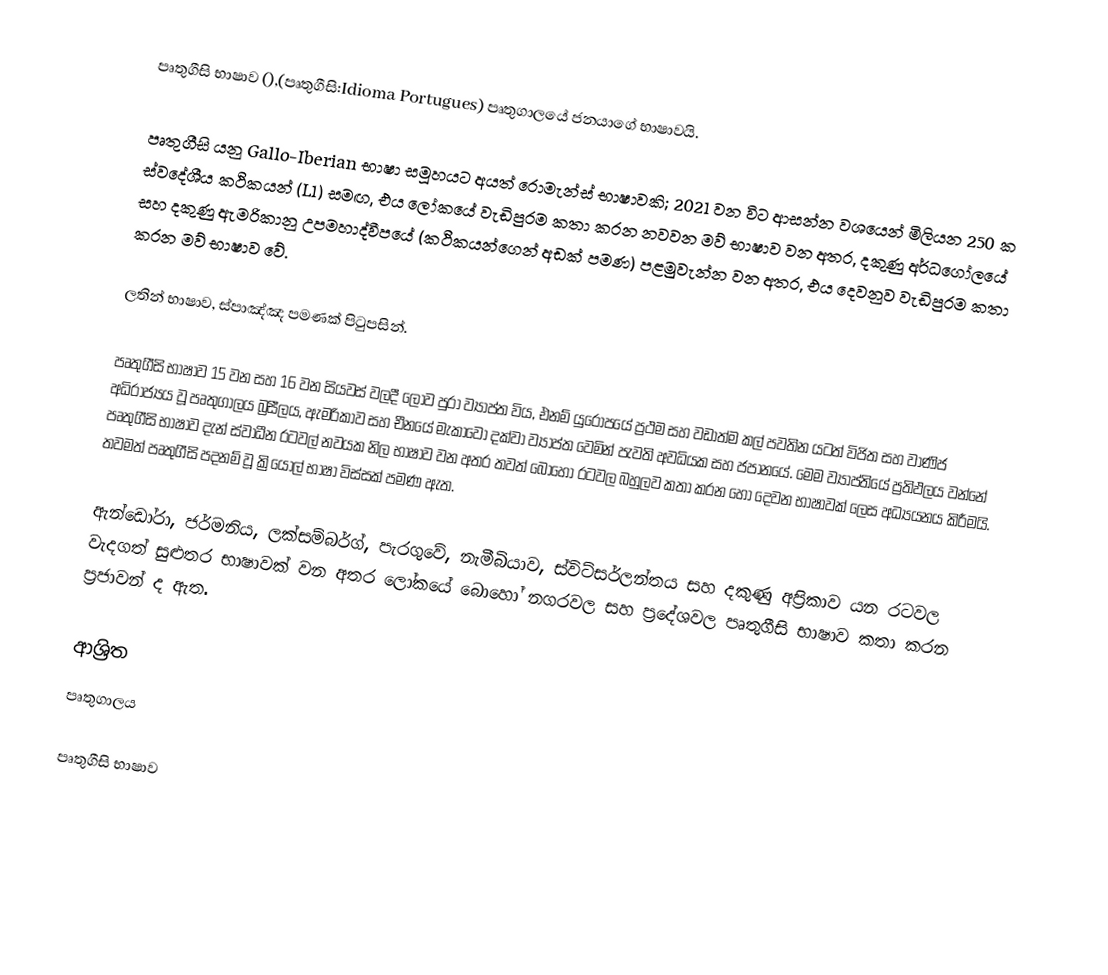
පෘතුගීසි භාෂාව (),(පෘතුගීසි:Idioma Portugues) පෘතුගාලයේ ජනයාගේ භාෂාවයි.

පෘතුගීසි යනු Gallo-Iberian භාෂා සමූහයට අයත් රොමැන්ස් භාෂාවකි; 2021 වන විට ආසන්න වශයෙන් මිලියන 250 ක ස්වදේශීය කථිකයන් (L1) සමඟ, එය ලෝකයේ වැඩිපුරම කතා කරන නවවන මව් භාෂාව වන අතර, දකුණු අර්ධගෝලයේ සහ දකුණු ඇමරිකානු උපමහාද්වීපයේ (කථිකයන්ගෙන් අඩක් පමණ) පළමුවැන්න වන අතර, එය දෙවනුව වැඩිපුරම කතා කරන මව් භාෂාව වේ.

ලතින් භාෂාව, ස්පාඤ්ඤ පමණක් පිටුපසින්.

පෘතුගීසි භාෂාව 15 වන සහ 16 වන සියවස් වලදී ලොව පුරා ව්‍යාප්ත විය, එනම් යුරෝපයේ ප්‍රථම සහ වඩාත්ම කල් පවතින යටත් විජිත සහ වාණිජ අධිරාජ්‍යය වූ පෘතුගාලය බ්‍රසීලය, ඇමරිකාව සහ චීනයේ මැකාවෝ දක්වා ව්‍යාප්ත වෙමින් පැවති අවධියක සහ ජපානයේ. මෙම ව්‍යාප්තියේ ප්‍රතිඵලය වන්නේ පෘතුගීසි භාෂාව දැන් ස්වාධීන රටවල් නවයක නිල භාෂාව වන අතර තවත් බොහෝ රටවල බහුලව කතා කරන හෝ දෙවන භාෂාවක් ලෙස අධ්‍යයනය කිරීමයි. තවමත් පෘතුගීසි පදනම් වූ ක්‍රියෝල් භාෂා විස්සක් පමණ ඇත.

ඇන්ඩෝරා, ජර්මනිය, ලක්සම්බර්ග්, පැරගුවේ, නැමීබියාව, ස්විට්සර්ලන්තය සහ දකුණු අප්‍රිකාව යන රටවල වැදගත් සුළුතර භාෂාවක් වන අතර ලෝකයේ බොහෝ නගරවල සහ ප්‍රදේශවල පෘතුගීසි භාෂාව කතා කරන ප්‍රජාවන් ද ඇත.

ආශ්‍රිත
 පෘතුගාලය

පෘතුගීසි භාෂාව